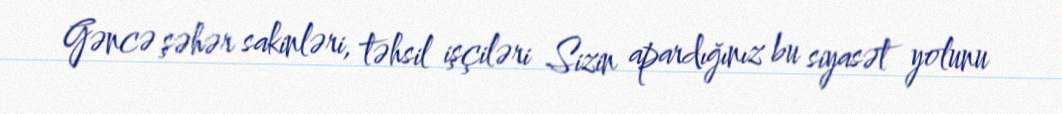
Gəncə şəhər sakinləri, təhsil işçiləri Sizin apardığınız bu siyasət yolunu